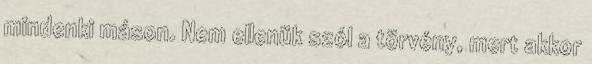
mindenki máson. Nem ellenük szól a törvény, mert akkor